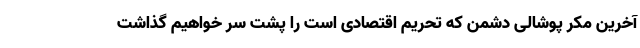
آخرین مکر پوشالی دشمن که تحریم اقتصادی است را پشت سر خواهیم گذاشت